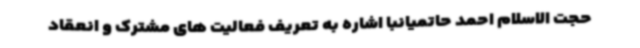
حجت الاسلام احمد حاتمیانبا اشاره به تعریف فعالیت های مشترک و انعقاد